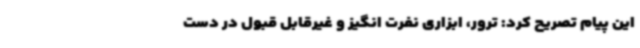
این پیام تصریح کرد: ترور، ابزاری نفرت انگیز و غیرقابل قبول در دست